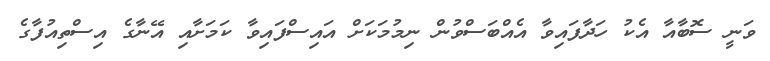
ވަނީ ސޮބާއާ އެކު ހަދާފައިވާ އެއްބަސްވުން ނިމުމަކަށް އައިސްފައިވާ ކަމަށާއި އޭނާގެ އިސްތިއުފާގެ